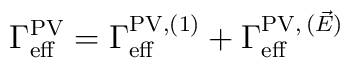
\Gamma_{\rm eff}^{\rm PV} = \Gamma_{\rm eff}^{{\rm PV}, (1)}+ \Gamma_{\rm eff}^{{\rm PV},\,(\vec{E})}